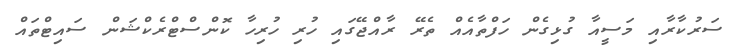
ސަރުކާރާއި މަސީއާ ގުޅިގެން ހަފްތާއެއް ތެރޭ ރާއްޖޭގައި ހުރި ހުރިހާ ކޮންސްޓްރެކްޝަން ސައިޓްތައް